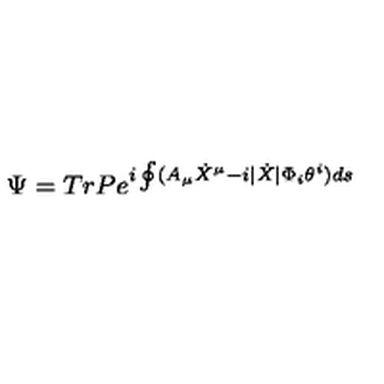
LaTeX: \Psi = T r P e ^ { i \oint ( A _ { \mu } \dot { X } ^ { \mu } - i | \dot { X } | \Phi _ { i } \theta ^ { i } ) d s }